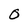
Character: O